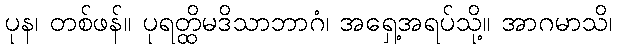
ပုန၊ တစ်ဖန်။ ပုရတ္ထိမဒိသာဘာဂံ၊ အရှေ့အရပ်သို့။ အာဂမာသိ၊